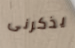
يذكرنى